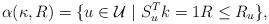
LaTeX: \begin{align*}\alpha(\kappa,R) = \{ u \in \mathcal{U} \ | \ S_u^T k = 1 R \leq R_u\} ,\end{align*}